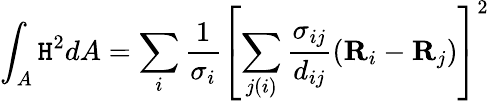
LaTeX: \int_{A}\mathtt{H}^{2}dA=\sum_{i}\frac{{1}}{{\sigma_{i}}}\left[\sum_{j(i)}\frac{{\sigma_{ij}}}{{d_{ij}}}(\textbf{{R}}_{i}-\textbf{{R}}_{j})\right]^{2}